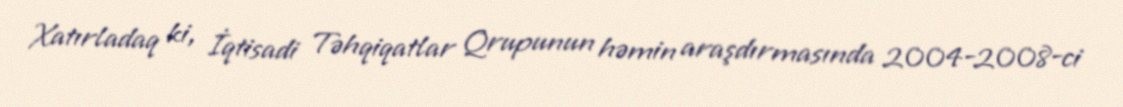
Xatırladaq ki, İqtisadi Təhqiqatlar Qrupunun həmin araşdırmasında 2004-2008-ci